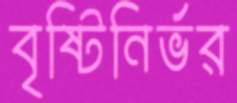
বৃষ্টিনির্ভর